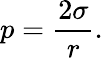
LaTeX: p=\frac{2\sigma}{r}.